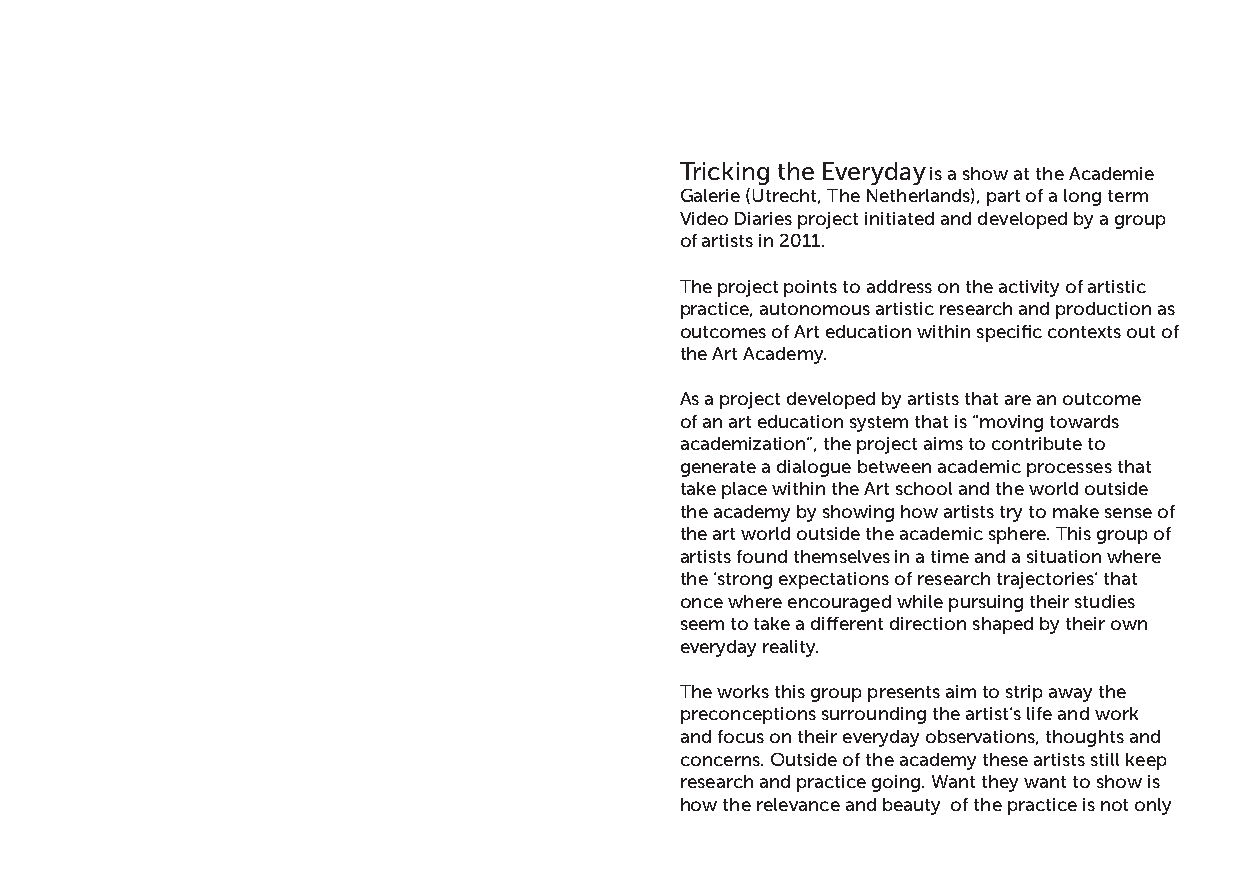
Tricking the Everyday is a show at the Academie
 Galerie (Utrecht, The Netherlands), part of a long term
 Video Diaries project initiated and developed by a group
 of artists in 2011.
 The project points to address on the activity of artistic
 practice, autonomous artistic research and production as
 outcomes of Art education within specific contexts out of
 the Art Academy.
 As a project developed by artists that are an outcome
 of an art education system that is “moving towards
 academization”, the project aims to contribute to
 generate a dialogue between academic processes that
 take place within the Art school and the world outside
 the academy by showing how artists try to make sense of
 the art world outside the academic sphere. This group of
 artists found themselves in a time and a situation where
 the ‘strong expectations of research trajectories’ that
 once where encouraged while pursuing their studies
 seem to take a different direction shaped by their own
 everyday reality.
 The works this group presents aim to strip away the
 preconceptions surrounding the artist’s life and work
 and focus on their everyday observations, thoughts and
 concerns. Outside of the academy these artists still keep
 research and practice going. Want they want to show is
 how the relevance and beauty of the practice is not only